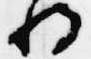
将